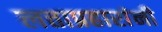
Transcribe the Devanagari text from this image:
लत्ताप्रहारांनी